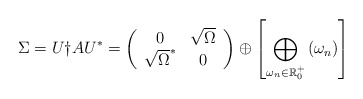
\begin{align*}\Sigma = U \dag A U^* =\left(\begin{array}{cc}0 & \sqrt{\Omega} \\\sqrt{\Omega}^* & 0\end{array}\right) \oplus \left[\bigoplus_{\omega_n \in \mathbb{R}^+_0}\left(\omega_n \right)\right]\end{align*}